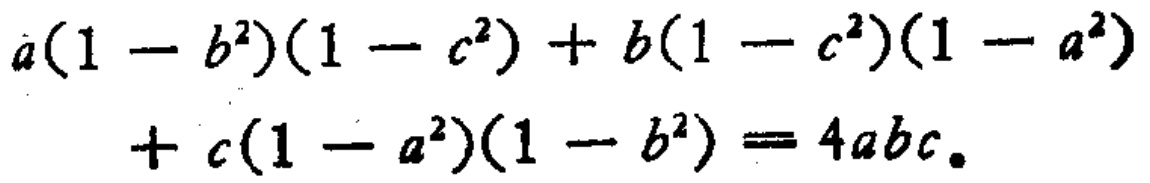
\(a(1 - b^{2})(1 - c^{2}) + b(1 - c^{2})(1 - a^{2})+ c(1 - a^{2})(1 - b^{2}) = 4abc\)